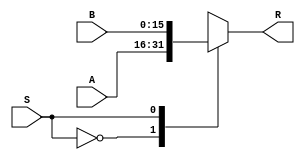
`timescale 1ns / 1ps

module mux_1_bit(
    input [15:0] A,
    input [15:0] B,
    input S,
    output reg [15:0] R
    );

	always @ *
	
	case (S)
		0: R = A;
		1: R = B;
	endcase

endmodule